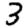
Digit: 3